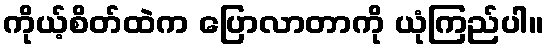
ကိုယ့်စိတ်ထဲက ပြောလာတာကို ယုံကြည်ပါ။